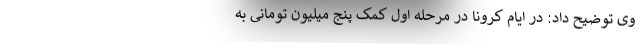
وی توضیح داد: در ایام کرونا در مرحله اول کمک پنج میلیون تومانی به